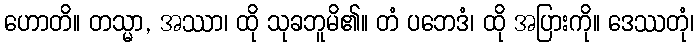
ဟောတိ။ တသ္မာ, အဿာ၊ ထို သုခဘူမိ၏။ တံ ပဘေဒံ၊ ထို အပြားကို။ ဒေဿတုံ၊